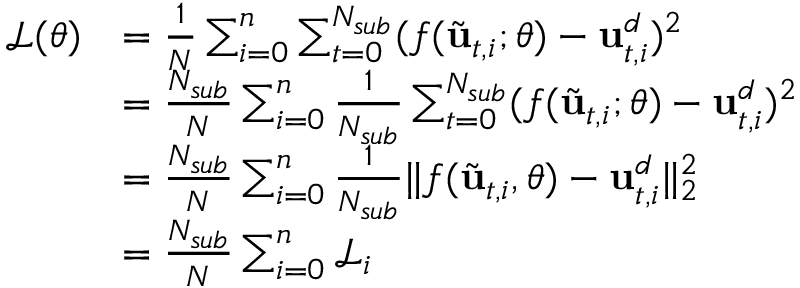
\begin{array} { r l } { \mathcal { L } ( \boldsymbol { \theta } ) } & { = \frac { 1 } { N } \sum _ { i = 0 } ^ { n } \sum _ { t = 0 } ^ { N _ { s u b } } ( f ( \Tilde { \mathbf { u } } _ { t , i } ; \boldsymbol { \theta } ) - \mathbf { u } _ { t , i } ^ { d } ) ^ { 2 } } \\ & { = \frac { N _ { s u b } } { N } \sum _ { i = 0 } ^ { n } { \frac { 1 } { N _ { s u b } } \sum _ { t = 0 } ^ { N _ { s u b } } ( f ( \Tilde { \mathbf { u } } _ { t , i } ; \boldsymbol { \theta } ) - \mathbf { u } _ { t , i } ^ { d } ) ^ { 2 } } } \\ & { = \frac { N _ { s u b } } { N } \sum _ { i = 0 } ^ { n } \frac { 1 } { N _ { s u b } } \lVert f ( \Tilde { \mathbf { u } } _ { t , i } , \boldsymbol { \theta } ) - \mathbf { u } _ { t , i } ^ { d } \rVert _ { 2 } ^ { 2 } } \\ & { = \frac { N _ { s u b } } { N } \sum _ { i = 0 } ^ { n } \mathcal { L } _ { i } } \end{array}